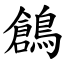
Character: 鶬